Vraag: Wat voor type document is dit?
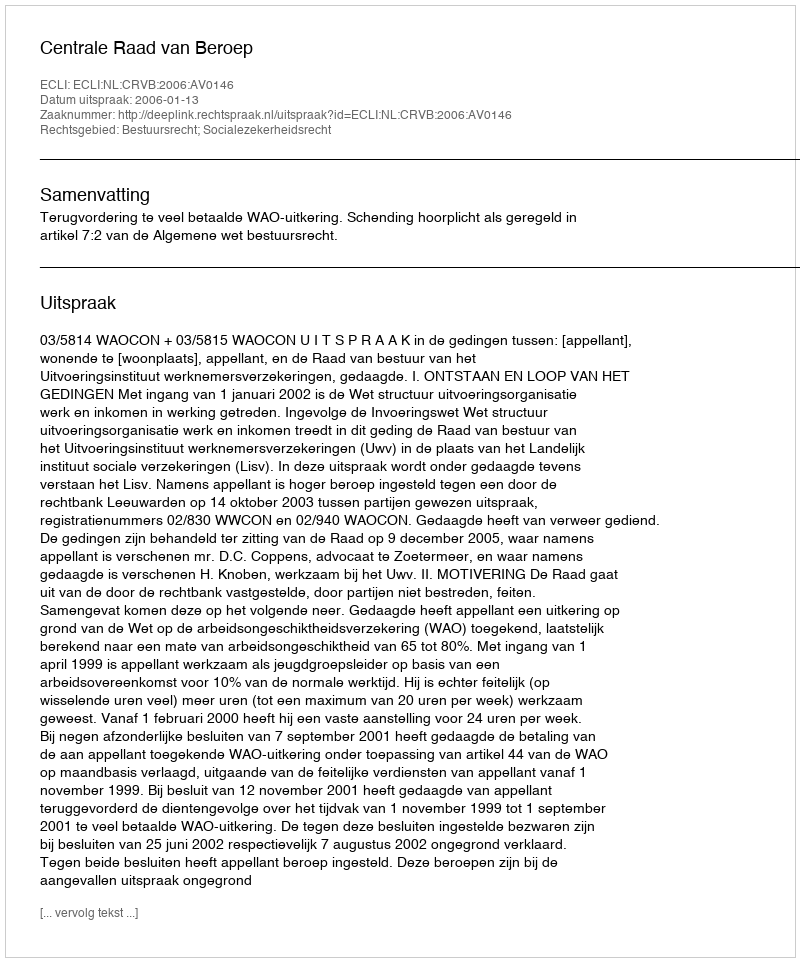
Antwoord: Uitspraak